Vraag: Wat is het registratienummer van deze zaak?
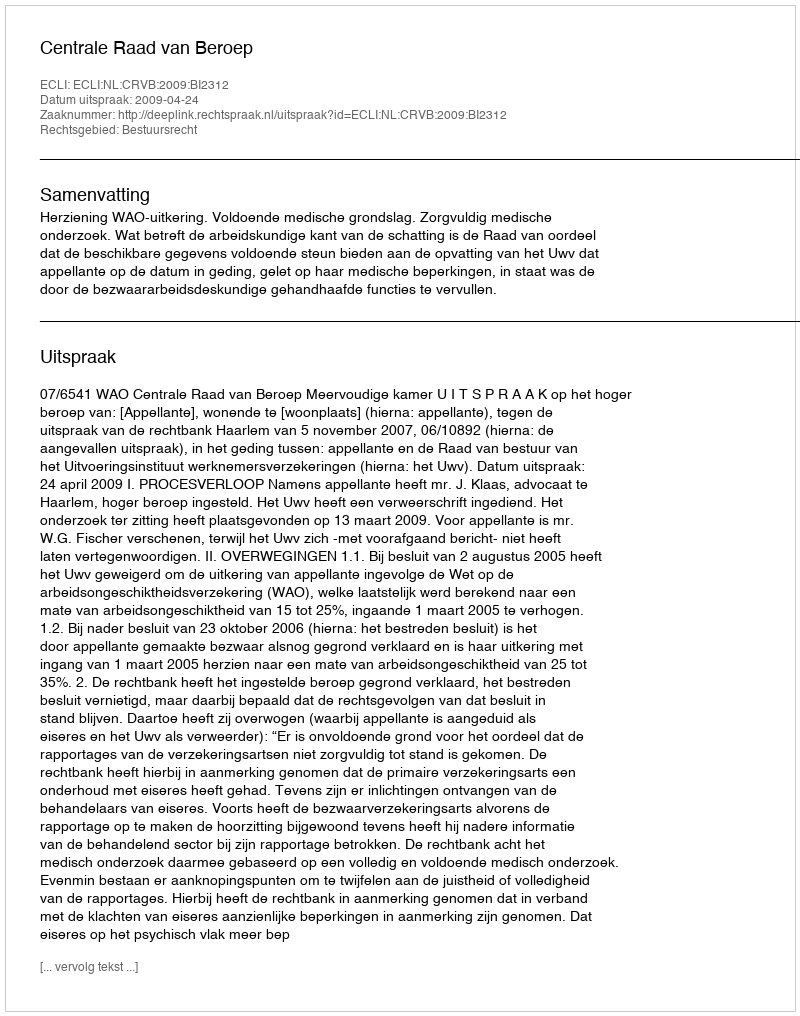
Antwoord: http://deeplink.rechtspraak.nl/uitspraak?id=ECLI:NL:CRVB:2009:BI2312